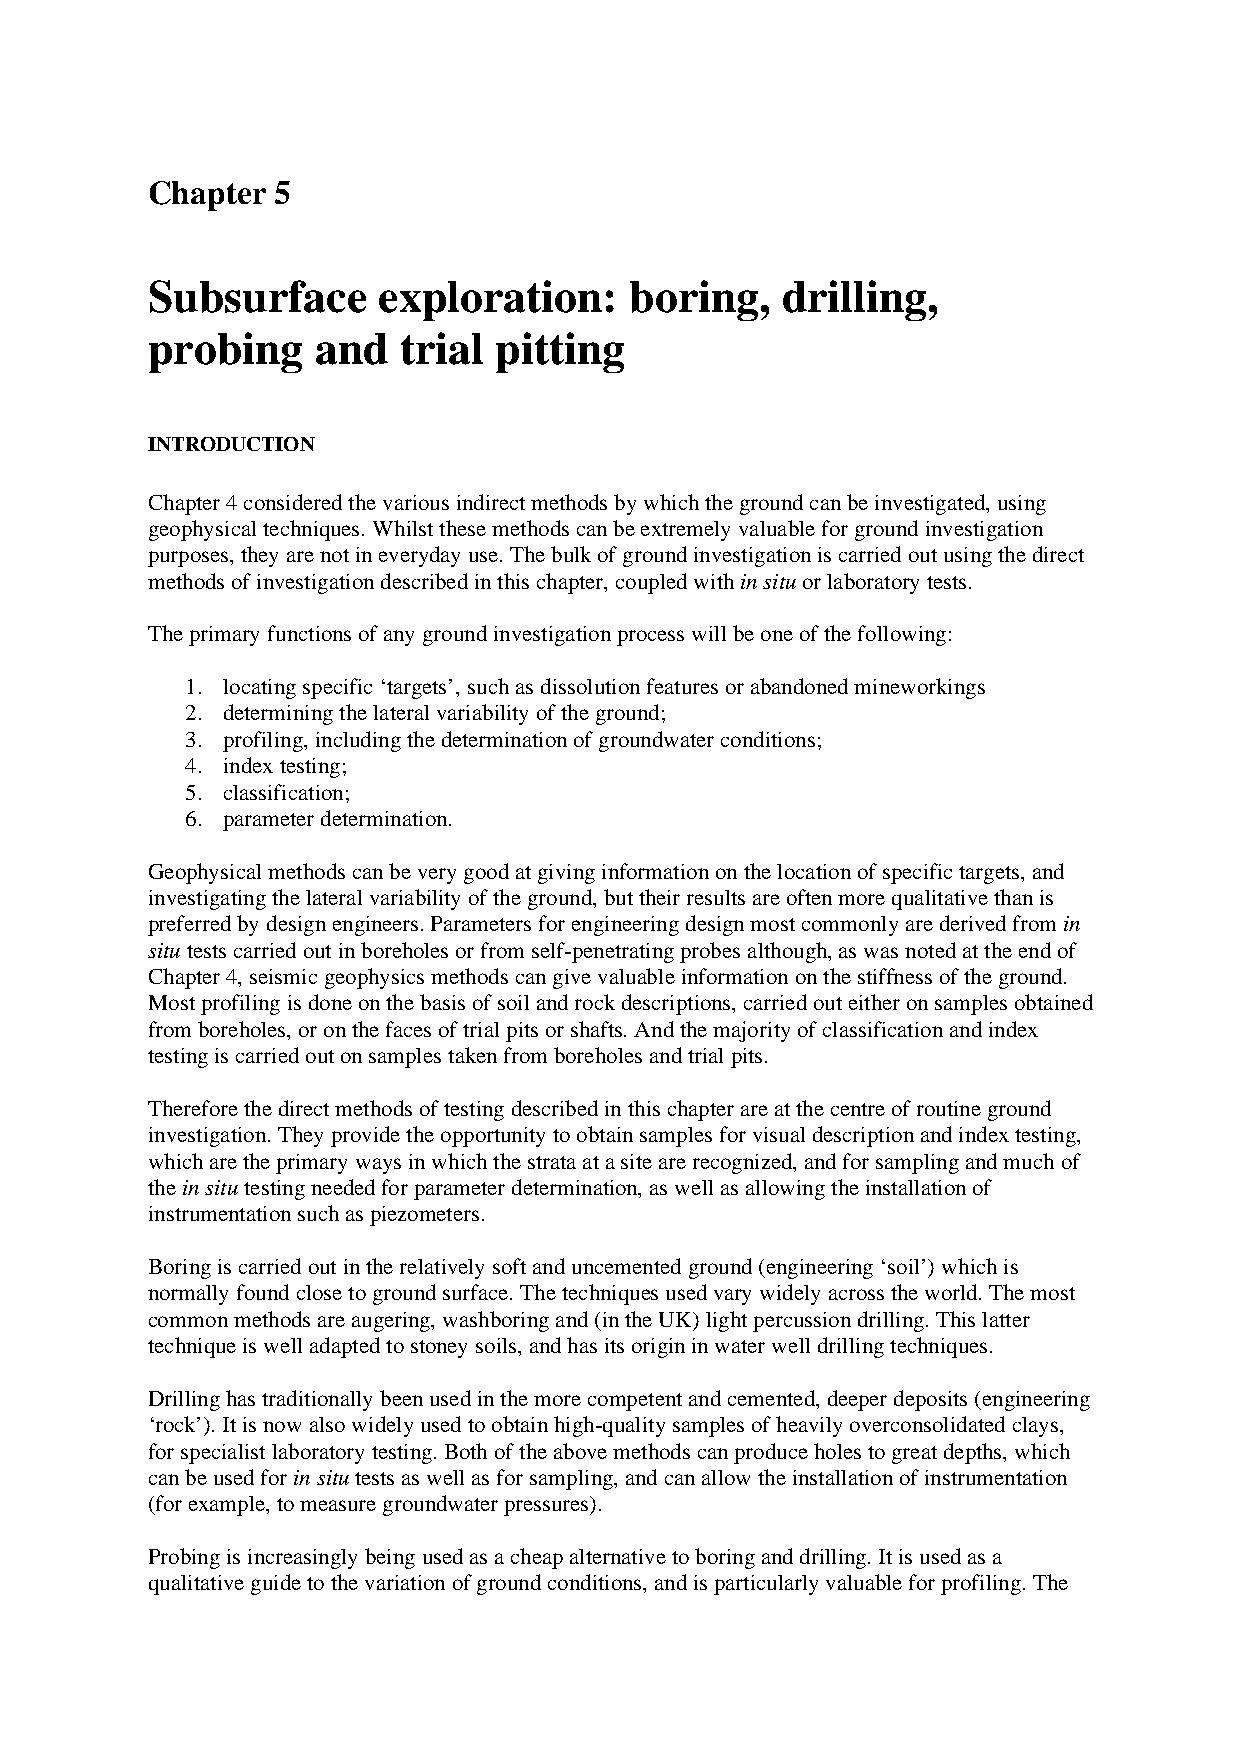
Chapter 5
 Subsurface     exploration:     boring,   drilling,
 probing    and  trial  pitting
 INTRODUCTION
 Chapter 4 considered the various indirect methods by which the ground can be investigated, using
 geophysical techniques. Whilst these methods can be extremely valuable for ground investigation
 purposes, they are not in everyday use. The bulk of ground investigation is carried out using the direct
 methods of investigation described in this chapter, coupled with in situ or laboratory tests.
 The primary functions of any ground investigation process will be one of the following:
 1. locating specific ‘targets’, such as dissolution features or abandoned mineworkings
 2. determining the lateral variability of the ground;
 3. profiling, including the determination of groundwater conditions;
 4. index testing;
 5. classification;
 6. parameter determination.
 Geophysical methods can be very good at giving information on the location of specific targets, and
 investigating the lateral variability of the ground, but their results are often more qualitative than is
 preferred by design engineers. Parameters for engineering design most commonly are derived from in
 situ tests carried out in boreholes or from self-penetrating probes although, as was noted at the end of
 Chapter 4, seismic geophysics methods can give valuable information on the stiffness of the ground.
 Most profiling is done on the basis of soil and rock descriptions, carried out either on samples obtained
 from boreholes, or on the faces of trial pits or shafts. And the majority of classification and index
 testing is carried out on samples taken from boreholes and trial pits.
 Therefore the direct methods of testing described in this chapter are at the centre of routine ground
 investigation. They provide the opportunity to obtain samples for visual description and index testing,
 which are the primary ways in which the strata at a site are recognized, and for sampling and much of
 the in situ testing needed for parameter determination, as well as allowing the installation of
 instrumentation such as piezometers.
 Boring is carried out in the relatively soft and uncemented ground (engineering ‘soil’) which is
 normally found close to ground surface. The techniques used vary widely across the world. The most
 common methods are augering, washboring and (in the UK) light percussion drilling. This latter
 technique is well adapted to stoney soils, and has its origin in water well drilling techniques.
 Drilling has traditionally been used in the more competent and cemented, deeper deposits (engineering
 ‘rock’). It is now also widely used to obtain high-quality samples of heavily overconsolidated clays,
 for specialist laboratory testing. Both of the above methods can produce holes to great depths, which
 can be used for in situ tests as well as for sampling, and can allow the installation of instrumentation
 (for example, to measure groundwater pressures).
 Probing is increasingly being used as a cheap alternative to boring and drilling. It is used as a
 qualitative guide to the variation of ground conditions, and is particularly valuable for profiling. The